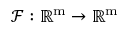
\mathcal { F } : \mathbb { R } ^ { \mathrm { m } } \rightarrow \mathbb { R } ^ { \mathrm { m } }